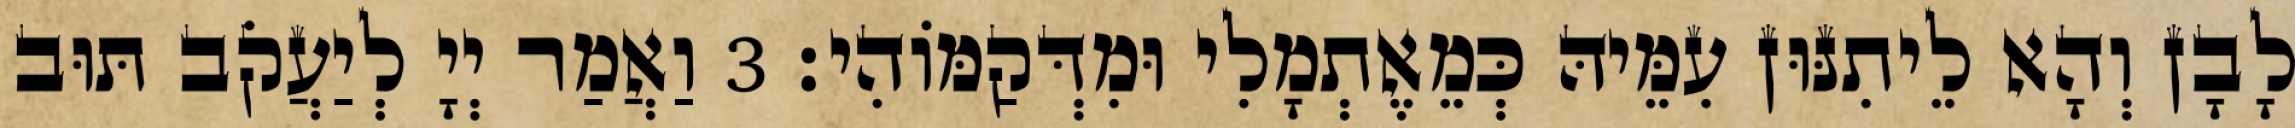
לָבָן וְהָא לֵיתִנּוּן עִמֵּיהּ כְּמֵאֶתְמָלִי וּמִדְּקַמּוֹהִי׃ 3 וַאֲמַר יְיָ לְיַעֲקֹב תּוּב